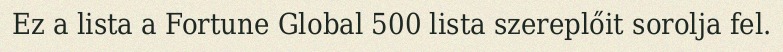
Ez a lista a Fortune Global 500 lista szereplőit sorolja fel.